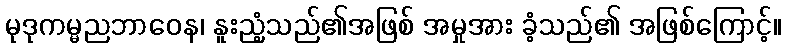
မုဒုကမ္မညဘာဝေန၊ နူးညံ့သည်၏အဖြစ် အမှုအား ခံ့သည်၏ အဖြစ်ကြောင့်။